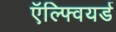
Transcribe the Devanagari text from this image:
ऍल्फ्वियर्ड